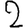
Digit: 2